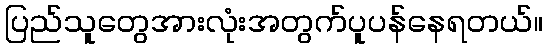
ပြည်သူတွေအားလုံးအတွက်ပူပန်နေရတယ်။